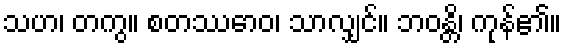
သဟ၊ တကွ။ စတဿောဝ၊ သာလျှင်။ ဘဝန္တိ၊ ကုန်၏။